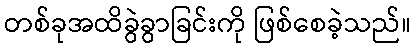
တစ်ခုအထိခွဲခွာခြင်းကို ဖြစ်စေခဲ့သည်။